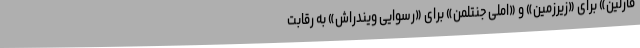
فارلین» برای «زیرزمین» و «املی جنتلمن» برای «رسوایی ویندراش» به رقابت